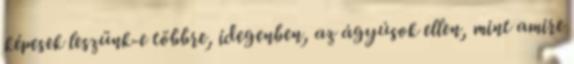
képesek leszünk-e többre, idegenben, az ágyúsok ellen, mint amire